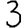
Digit: 3